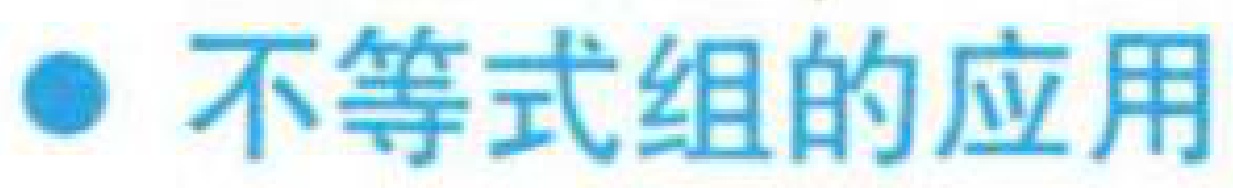
● 不等式组的应用